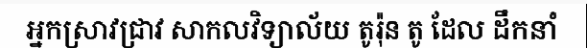
អ្នកស្រាវជ្រាវ សាកលវិទ្យាល័យ តូរ៉ុន តូ ដែល ដឹកនាំ